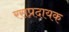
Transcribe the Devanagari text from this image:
रसप्रदायक